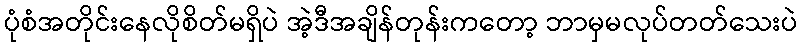
ပုံစံအတိုင်းနေလိုစိတ်မရှိပဲ အဲ့ဒီအချိန်တုန်းကတော့ ဘာမှမလုပ်တတ်သေးပဲ